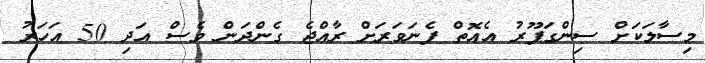
މިސާލަކަށް ސިންގަޕޫރު އެއޮތް ފެނަވަރަށް ރާއްޖެ ގެންދަން ވެސް އަދި 50 އަހަރު